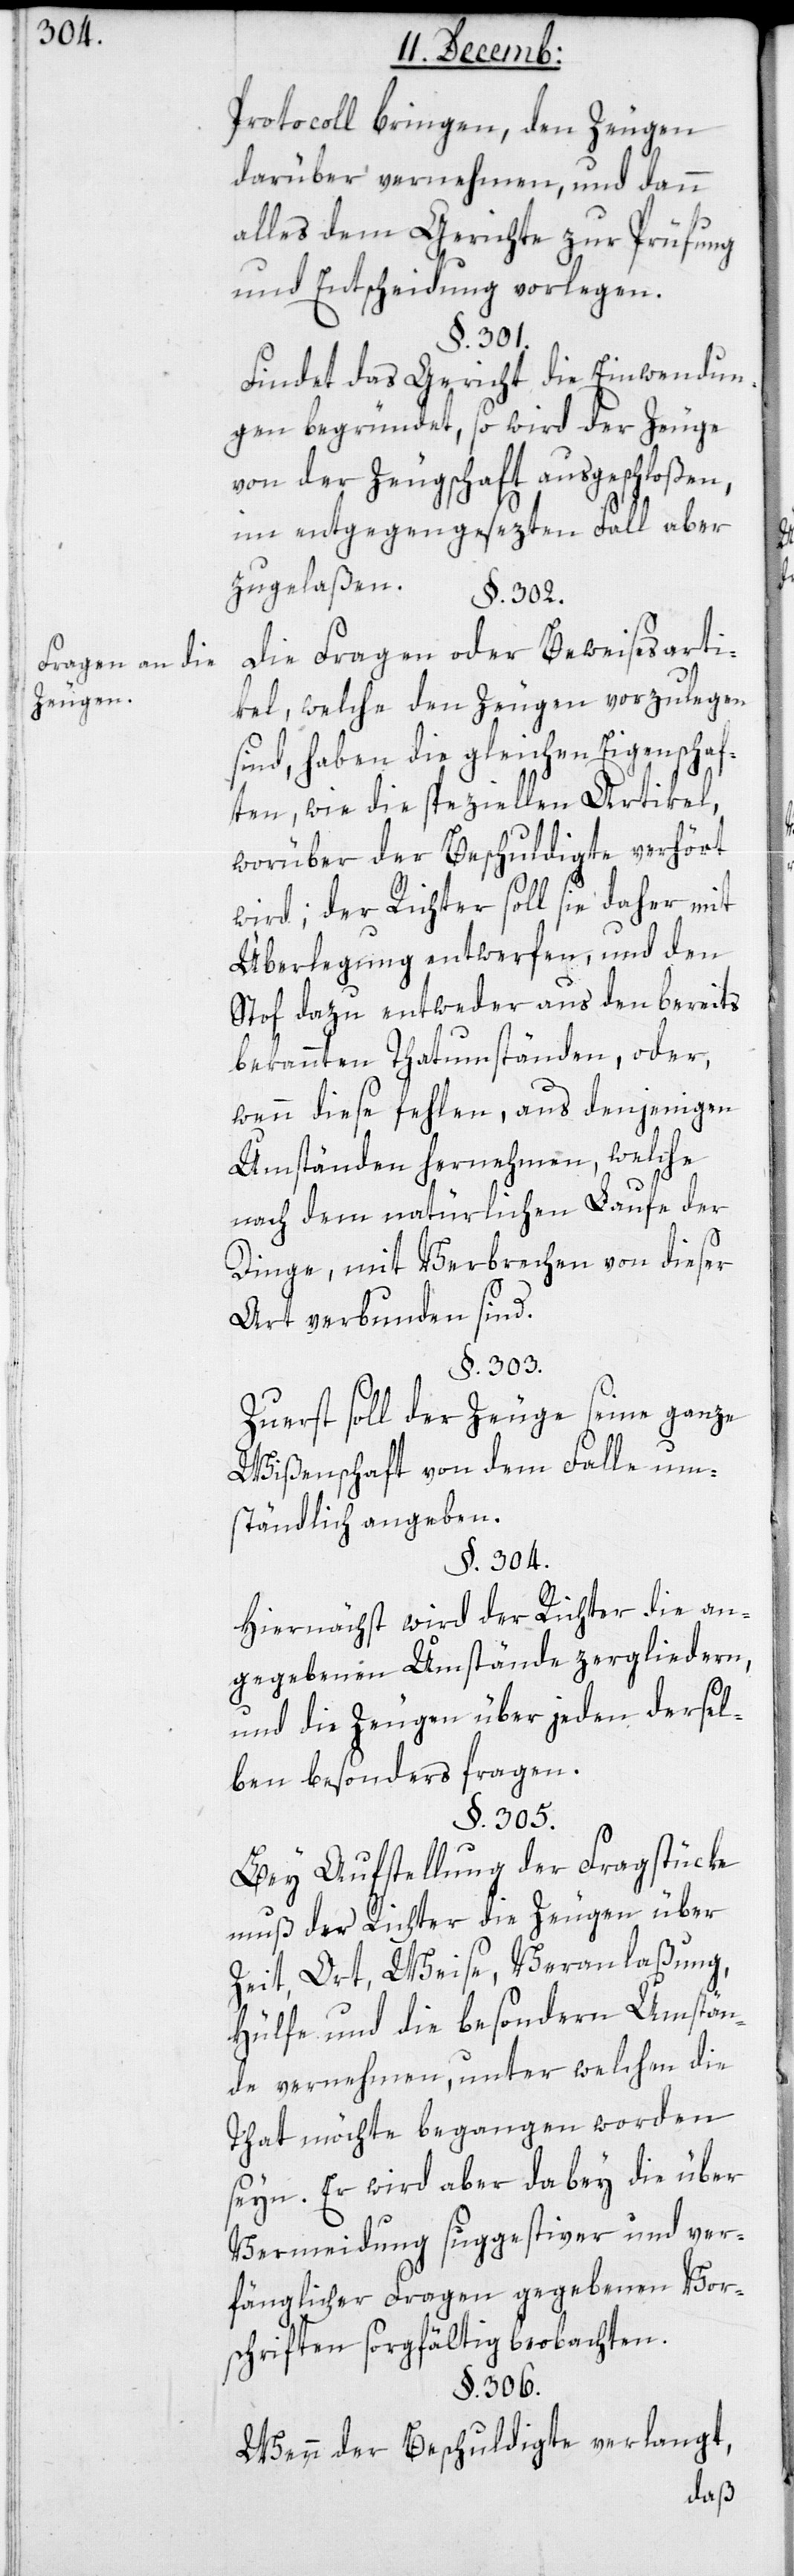
Fragen an die
Zeugen.

Protocoll bringen, den Zeugen
darüber vernehmen, und dann
alles dem Gerichte zur Prüfung
und Entscheidung vorlegen.
§. 301.
Findet das Gericht die Einwendun¬
gen begründet, so wird der Zeuge
von der Zeugschaft ausgeschloßen,
im entgegengesezten Fall aber
Die Fragen oder Beweisesarti¬
kel, welche den Zeugen vorzulegen
sind, haben die gleichen Eigenschaf¬
ten, wie die speziellen Artikel,
worüber der Beschuldigte verhört
wird; der Richter soll sie daher mit
Überlegung entwerfen, und den
Stoff dazu entweder aus den bereits
bekannten Thatumständen, oder,
wenn diese fehlen, aus denjenigen
Umständen hernehmen, welche
nach dem natürlichen Laufe der
Dinge, mit Verbrechen von dieser
Art verbunden sind.
§. 303.
Zuerst soll der Zeuge seine ganze
Wißenschaft von dem Falle um¬
ständlich angeben.
§. 304.
Hiernächst wird der Richter die an¬
gegebenen Umstände zergliedern,
und die Zeugen über jeden dersel¬
ben besonders fragen.
§. 305.
Bei Aufstellung der Fragstücke
muß der Richter die Zeugen über
Zeit, Ort, Weise, Veranlaßung,
Hülfe und die besondern Umstän¬
de vernehmen, unter welchen die
Tat möchte begangen worden
seyn. Er wird aber dabey die über
Vermeidung suggestiver und ver¬
fänglicher Fragen gegebenen Vor¬
schriften sorgfältig beobachten.
§. 306.
Wenn der Beschuldigte verlangt,